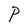
Character: P